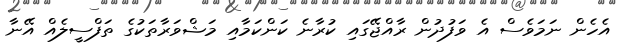
އެހެން ނަމަވެސް އެ ވަފުދުން ރާއްޖޭގައި ކުރާނެ ކަންކަމާއި މަޝްވަރާތަކުގެ ތަފްސީލެއް އޭނާ